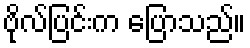
ဗိုလ်ပြင်းက ပြောသည်။